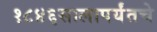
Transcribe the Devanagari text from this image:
१८४६सालापर्यंतचे